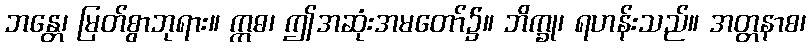
ဘန္တေ၊ မြတ်စွာဘုရား။ ဣဓ၊ ဤအဆုံးအမတော်၌။ ဘိက္ခု၊ ရဟန်းသည်။ အတ္တနာစ၊